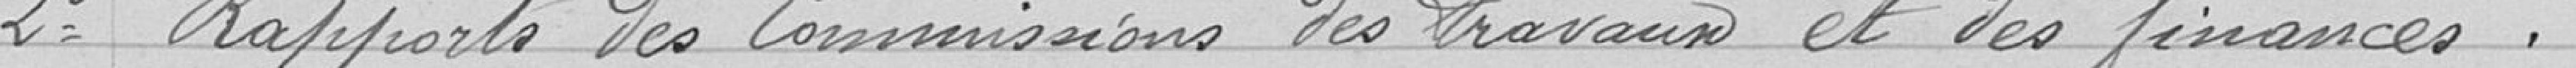
Rubert Edmond